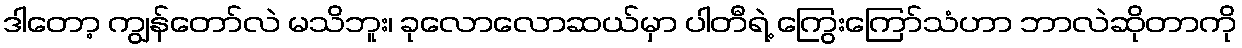
ဒါတော့ ကျွန်တော်လဲ မသိဘူး၊ ခုလောလောဆယ်မှာ ပါတီရဲ့ ကြွေးကြော်သံဟာ ဘာလဲဆိုတာကို